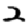
Digit: 2